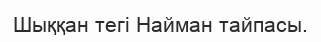
Шыққан тегі Найман тайпасы.